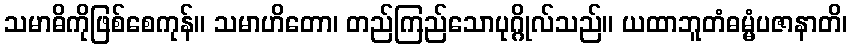
သမာဓိကိုဖြစ်စေကုန်။ သမာဟိတော၊ တည်ကြည်သောပုဂ္ဂိုလ်သည်။ ယထာဘူတံဓမ္မံပဇာနာတိ၊